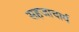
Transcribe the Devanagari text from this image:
सहजाचार्य